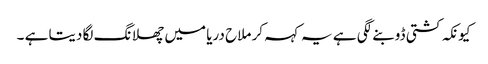
کیونکہ کشتی ڈوبنے لگی ہے یہ کہہ کر ملاح دریا میں چھلانگ لگا دیتا ہے ۔